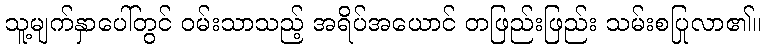
သူ့မျက်နှာပေါ်တွင် ဝမ်းသာသည့် အရိပ်အယောင် တဖြည်းဖြည်း သမ်းစပြုလာ၏။